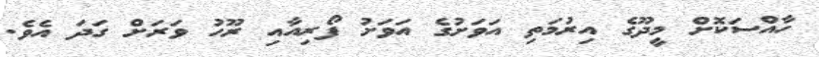
ހާއްސަކޮށް މީދޫގެ އިރުމަތި އަވަށުގެ އަވަށު ފޯރިއާއި ރޫހު ވަރަށް ގަދަ އެވެ.